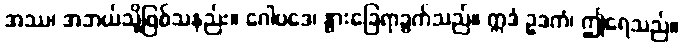
အဿ၊ အဘယ်သို့ဖြစ်သနည်း။ ဂေါပဒေ၊ နွားခြေရာခွက်သည်။ ဣဒံ ဥဒကံ၊ ဤရေသည်။